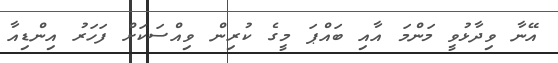
އޭނާ ވިދާޅުވީ މަންމަ އާއި ބައްޕަ މީގެ ކުރިން ވިއްސަކަށް ފަހަރު އިންޑިއާ